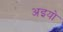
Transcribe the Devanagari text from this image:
अइयो